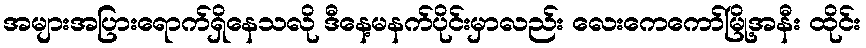
အများအပြားရောက်ရှိနေသလို ဒီနေ့မနက်ပိုင်းမှာလည်း လေးကေကော်မြို့အနီး ထိုင်း